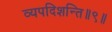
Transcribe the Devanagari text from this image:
व्यपदिशन्ति॥९॥